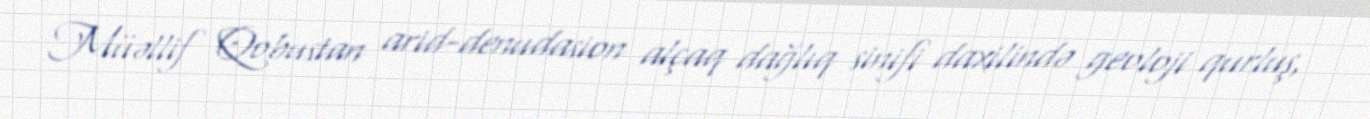
Müəllif Qobustan arid-denudasion alçaq dağlıq sinifi daxilində geoloji qurluş,